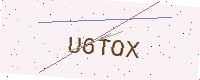
Text: U6TOX